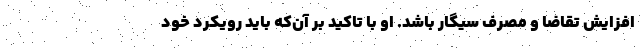
افزایش تقاضا و مصرف سیگار باشد. او با تاکید بر آن‌که باید رویکرد خود